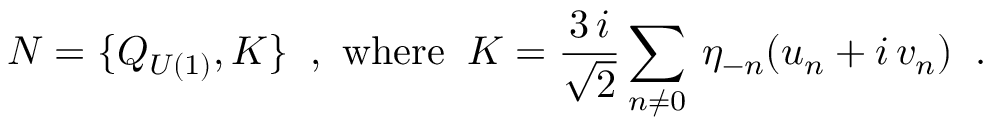
N = \{ Q _ { U ( 1 ) } , K \} \; \; \mathrm { , ~ w h e r e } \; \; K = \frac { 3 \, i } { \sqrt { 2 } } \sum _ { n \neq 0 } \: \eta _ { - n } ( u _ { n } + i \, v _ { n } ) \; \; .